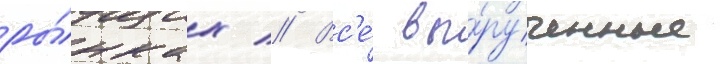
ры́нках // Вс'е́ вы́рученные